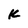
Character: K